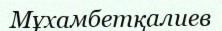
Мұхамбетқалиев